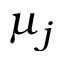
\mu _ { j }